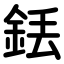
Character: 銩